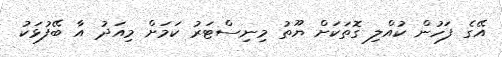
އޭގެ ފަހުން ކުއްލި ގޮތަކަށް ޔޫތު މިނިސްޓަރު ކަމަށް މިއަދު އާ ބޭފުޅަކު